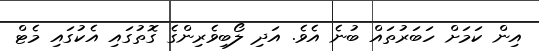
އިން ކަމަށް ހަަބަރުތަައް ބުނެ އެވެ. އަދި ލޯބިވެރިންގެ ގޮތުގައި އެކުގައި މެޓް